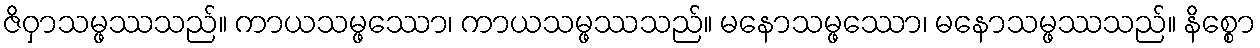
ဇိဝှာသမ္ဖဿသည်။ ကာယသမ္ဖဿော၊ ကာယသမ္ဖဿသည်။ မနောသမ္ဖဿော၊ မနောသမ္ဖဿသည်။ နိစ္စော